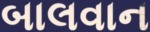
બાલવાન